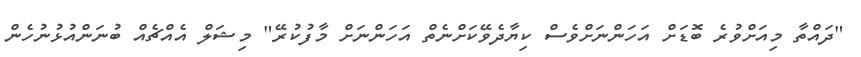
"ދައްތާ މިއަށްވުރެ ބޮޑަށް އަހަންނަށްވެސް ކިޔާދެވޭކަށްނެތް އަހަންނަށް މާފުކުރޭ" މިޝަލް އެއްޗެއް ބުނަންއުޅުނުހެން